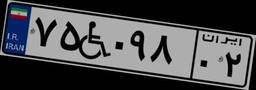
۷۵W۰۹۸۰۲